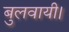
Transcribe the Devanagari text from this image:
बुलवायी।